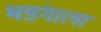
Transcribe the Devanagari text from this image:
भडंगाला